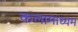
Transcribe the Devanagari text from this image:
कलामाध्यम